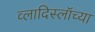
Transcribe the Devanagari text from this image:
व्लादिस्लॉच्या